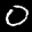
Label: 0